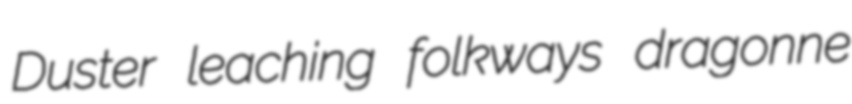
Duster leaching folkways dragonne